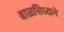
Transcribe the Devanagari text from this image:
बाळसिध्दाने